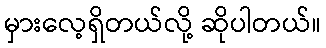
မှားလေ့ရှိတယ်လို့ ဆိုပါတယ်။